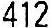
412